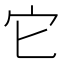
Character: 它